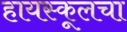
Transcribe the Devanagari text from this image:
हायस्कूलचा